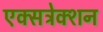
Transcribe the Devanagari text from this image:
एक्सट्रेक्शन